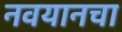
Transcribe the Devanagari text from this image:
नवयानचा